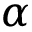
\alpha